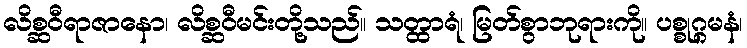
လိစ္ဆဝီရာဇာနော၊ လိစ္ဆဝီမင်းတို့သည်။ သတ္ထာရံ၊ မြတ်စွာဘုရားကို။ ပစ္စုဂ္ဂမနံ၊